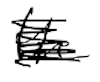
Text: the
Cross-out: scratch
Writing tool: digital_black